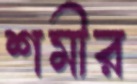
শমীর